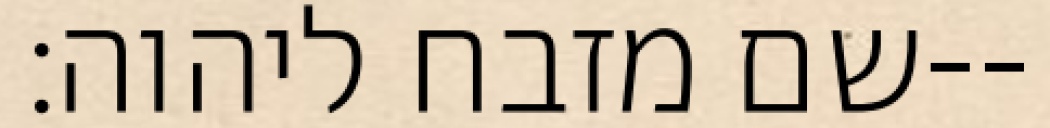
שם מזבח ליהוה׃--